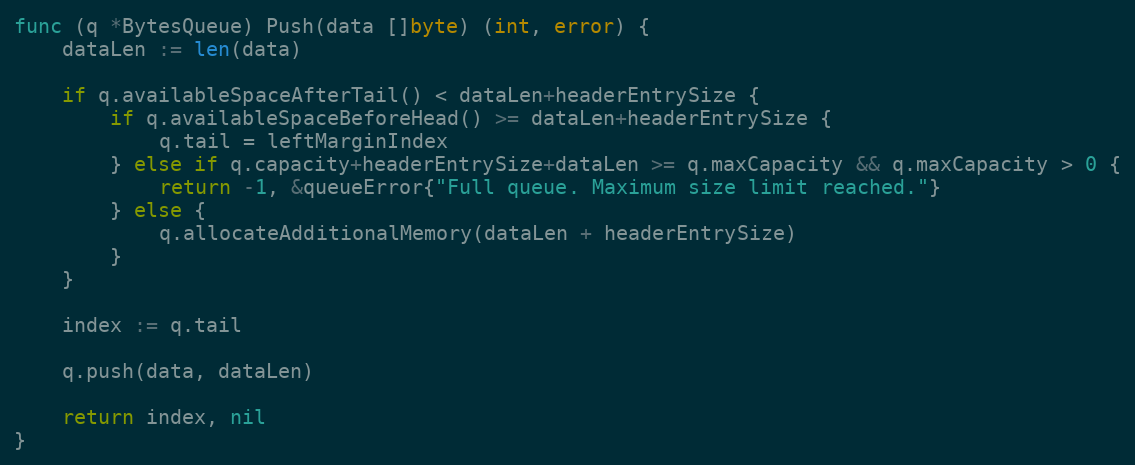
Language: Go
func (q *BytesQueue) Push(data []byte) (int, error) {
	dataLen := len(data)

	if q.availableSpaceAfterTail() < dataLen+headerEntrySize {
		if q.availableSpaceBeforeHead() >= dataLen+headerEntrySize {
			q.tail = leftMarginIndex
		} else if q.capacity+headerEntrySize+dataLen >= q.maxCapacity && q.maxCapacity > 0 {
			return -1, &queueError{"Full queue. Maximum size limit reached."}
		} else {
			q.allocateAdditionalMemory(dataLen + headerEntrySize)
		}
	}

	index := q.tail

	q.push(data, dataLen)

	return index, nil
}